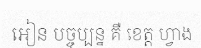
អៀន បច្ចុប្បន្ន គឺ ខេត្ត ហ្វាង